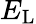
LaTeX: E_{\mathrm{L}}